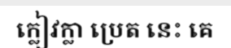
ក្លៀវក្លា ប្រេត នេះ គេ